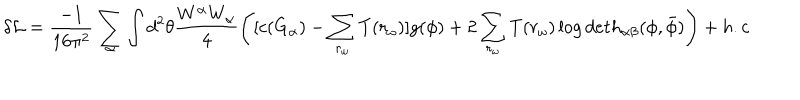
LaTeX: \delta { \cal L } = \frac { - 1 } { 1 6 { \pi } ^ { 2 } } \sum _ { \alpha } \int d ^ { 2 } \theta \frac { W ^ { \alpha } W _ { \alpha } } { 4 } \left( [ c ( G _ { \alpha } ) - \sum _ { r _ { \omega } } T ( r _ { \omega } ) ] g ( \phi ) + 2 \sum _ { r _ { \omega } } T ( r _ { \omega } ) \log d e t h _ { \alpha \beta } ( \phi , { \bar { \phi } } ) \right) + h . c